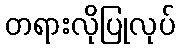
တရားလိုပြုလုပ်